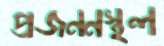
প্রজননস্থল